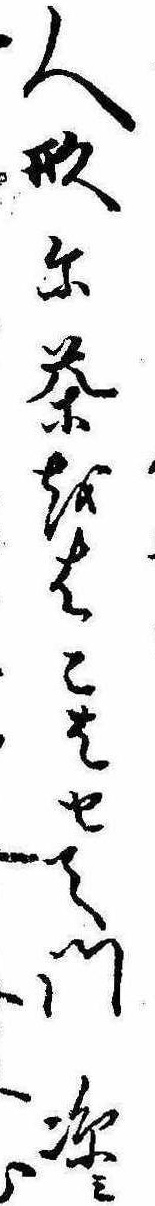
人形に茶をはこはせて門涼み